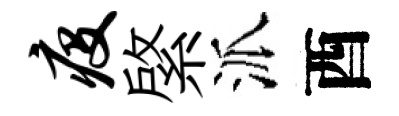
疫綮派酉